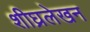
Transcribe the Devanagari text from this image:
शीघ्रलेखन